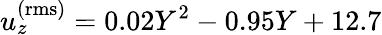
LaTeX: u_{z}^{\mathrm{(rms)}}=0.02Y^{2}-0.95Y+12.7